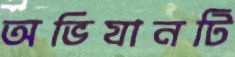
অভিযানটি